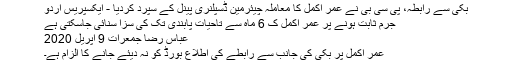
بکی سے رابطہ، پی سی بی نے عمر اکمل کا معاملہ چیئرمین ڈسپلنری پینل کے سپرد کردیا - ایکسپریس اردو
جرم ثابت ہونے پر عمر اکمل ک 6 ماہ سے تاحیات پابندی تک کی سزا سنائی جاسکتی ہے
عباس رضا جمعرات 9 اپريل 2020
عمر اکمل پر بکی کی جانب سے رابطے کی اطلاع بورڈ کو نہ دیئے جانے کا الزام ہے۔